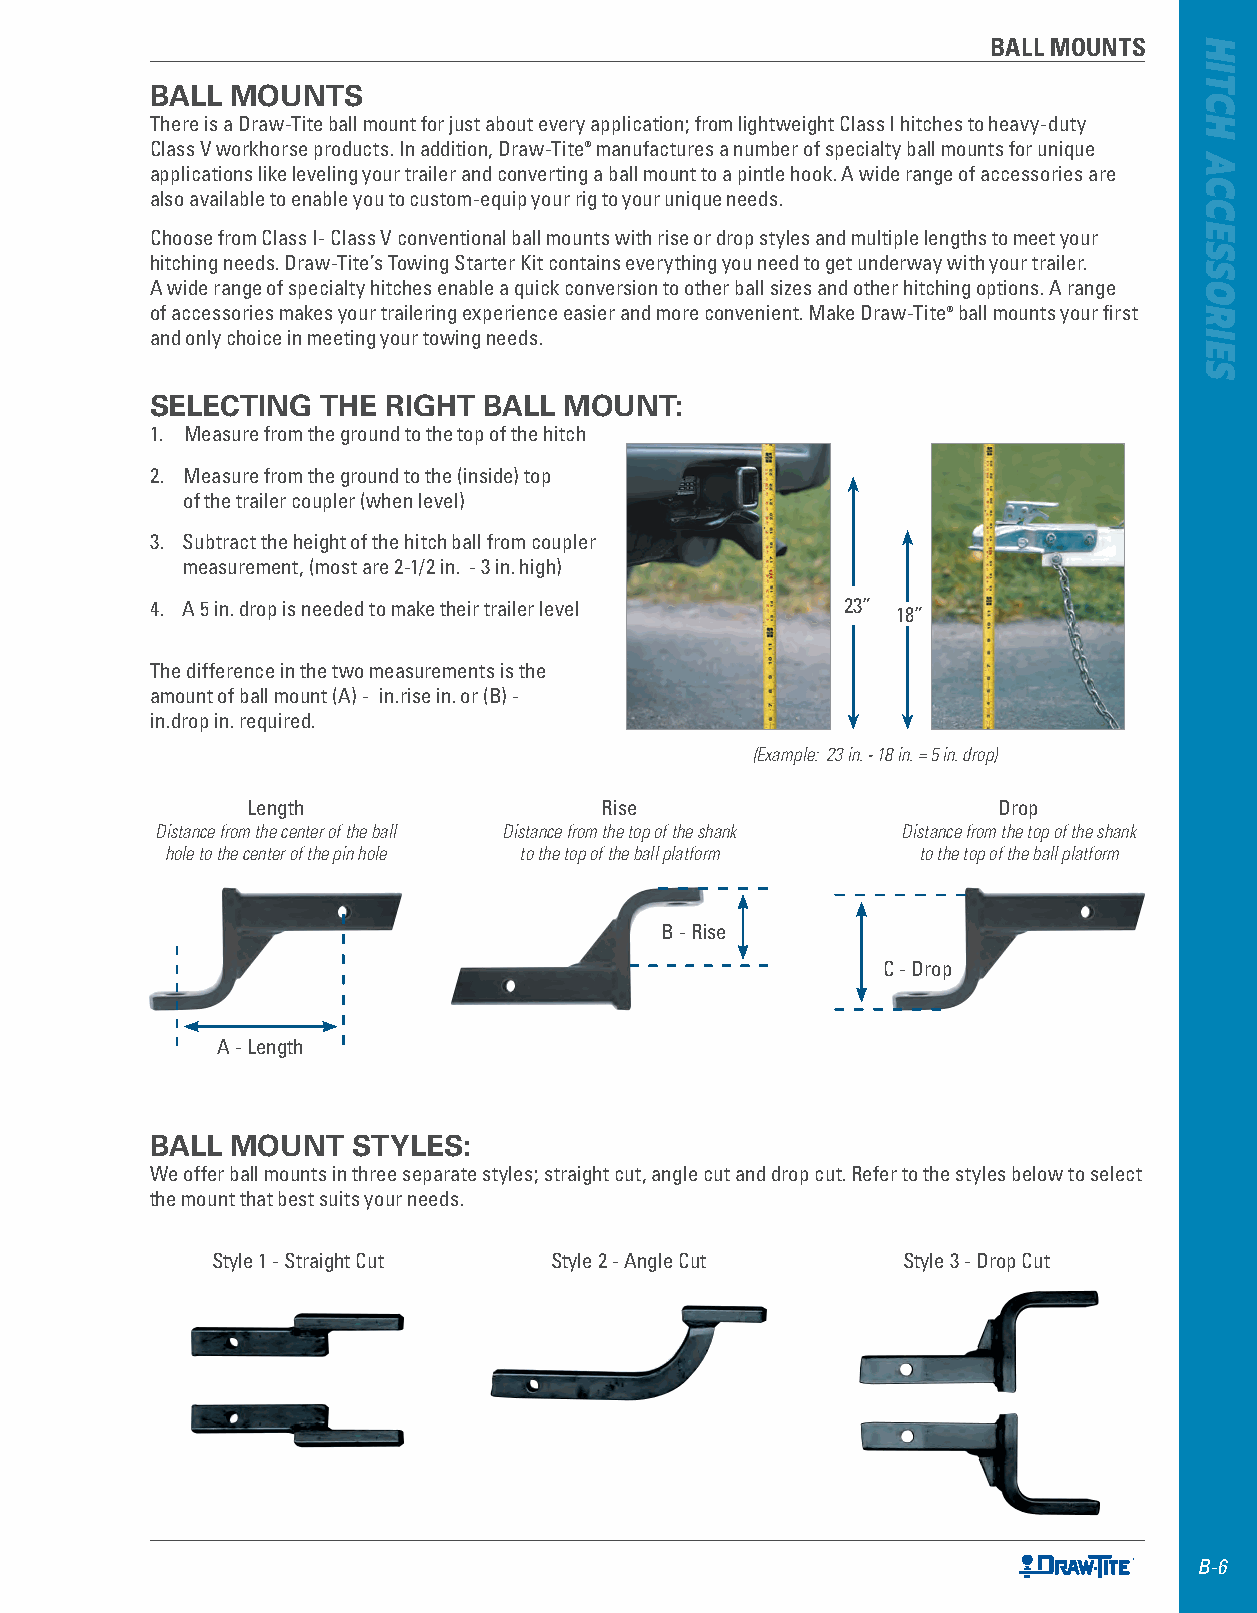
BALL MOUNTS
 BALL MOUNTS
 There is a Draw-Tite ball mount for just about every application; from lightweight Class I hitches to heavy-duty
 Class V workhorse products . In addition, Draw-Tite® manufactures a number of specialty ball mounts for unique
 applications like leveling your trailer and converting a ball mount to a pintle hook . A wide range of accessories are
 also available to enable you to custom-equip your rig to your unique needs .
 Choose from Class I- Class V conventional ball mounts with rise or drop styles and multiple lengths to meet your
 hitching needs . Draw-Tite’s Towing Starter Kit contains everything you need to get underway with your trailer .
 A wide range of specialty hitches enable a quick conversion to other ball sizes and other hitching options . A range
 of accessories makes your trailering experience easier and more convenient . Make Draw-Tite® ball mounts your first
 and only choice in meeting your towing needs .
 SELECTING  THE  RIGHT BALL MOUNT:
 1 . Measure from the ground to the top of the hitch
 2 . Measure from the ground to the (inside) top
 of the trailer coupler (when level)
 3 . Subtract the height of the hitch ball from coupler
 measurement, (most are 2-1/2 in . - 3 in . high)
 4 . A 5 in . drop is needed to make their trailer level 23” 18”
 The difference in the two measurements is the
 amount of ball mount (A) - in .rise in . or (B) -
 in .drop in . required .
 (Example: 23 in. - 18 in. = 5 in. drop)
 Length                  Rise                      Drop
 Distance from the center of the ball Distance from the top of the shank Distance from the top of the shank
 hole to the center of the pin hole to the top of the ball platform to the top of the ball platform
 B - Rise
 C - Drop
 A - Length
 BALL MOUNT   STYLES:
 We offer ball mounts in three separate styles; straight cut, angle cut and drop cut . Refer to the styles below to select
 the mount that best suits your needs .
 Style 1 - Straight Cut Style 2 - Angle Cut    Style 3 - Drop Cut
 B-6
 HITCH
 ACCESSORIES